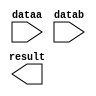
module ALU_MUL (
	dataa,
	datab,
	result);

	input	[31:0]  dataa;
	input	[31:0]  datab;
	output	[63:0]  result;

endmodule